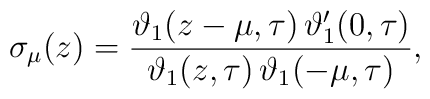
\sigma_\mu (z) = \frac{\vartheta_1(z-\mu,\tau) \,    \vartheta_1^{\prime}(0,\tau)}  {\vartheta_1(z,\tau) \, \vartheta_1(-\mu,\tau)} ,